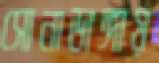
সোনাডাঙ্গায়